Annual report of lunatic asylums [Bombay] - 1912-1922
Year: 1912
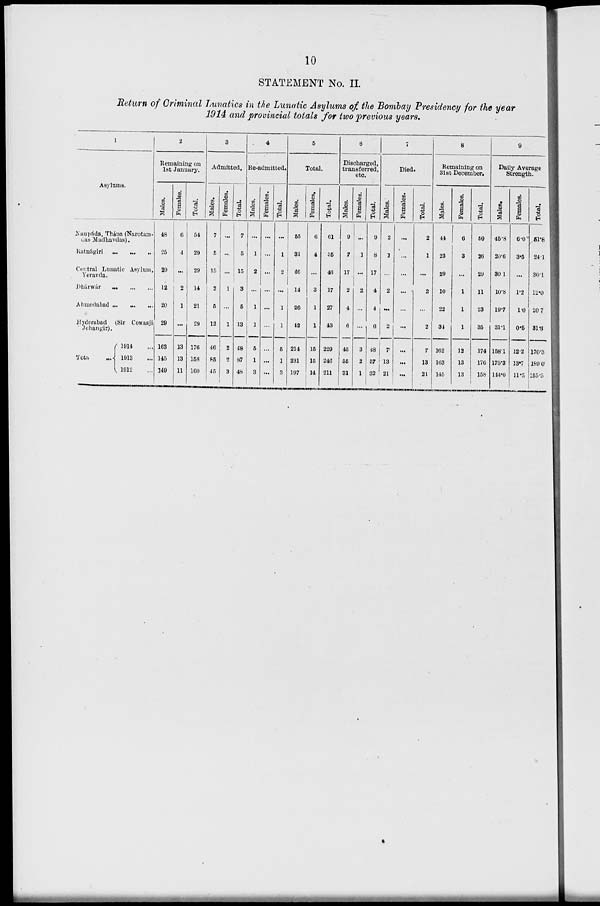
10
STATEMENT No. II.
Return of Criminal Lunatics in the Lunatic Asylums of the Bombay Presidency for the year
1914 and provincial totals for two previous years.
1
Asylums.
Naupáda, Thána (Narotam-
das Madhavdas).
Ratnágiri
...
...
...
Central Lunatic Asylum,
Yeravda.
Dháwár
...
...
...
Ahmedabad ... ... ...
Hyderabad (Sir Cowasji
Jehangir).
Total
1914 ...
1913 ...
1912 ...
2
Remaining on
1st January.
Males.
48
25
29
12
20
29
163
145
149
Females.
6
4
...
2
1
...
13
13
11
Total.
54
29
29
14
21
29
176
158
160
3
Admitted.
Males.
7
5
15
2
5
12
46
85
45
Females.
...
...
...
1
...
1
2
2
3
Total.
7
5
15
3
5
13
48
87
48
4
Re-admitted.
Males.
...
1
2
...
1
1
5
1
3
Females.
...
...
...
...
...
...
...
...
...
Total.
...
1
2
...
1
1
5
1
3
5
Total.
Males.
55
31
46
14
26
42
214
231
197
Females.
6
4
...
3
1
1
15
15
14
Total.
61
35
46
17
27
43
229
246
211
6
Discharged,
transferred,
etc.
Males.
9
7
17
2
4
6
45
55
31
Females.
...
1
...
2
...
...
3
2
1
Total.
9
8
17
4
4
6
48
57
32
7
Died.
Males.
2
1
...
2
...
2
7
13
21
Females.
...
...
...
...
...
...
...
...
...
Total.
2
1
...
2
...
2
7
13
21
8
Remaining on
31st December.
Males.
44
23
29
10
22
34
162
163
145
Females.
6
3
...
1
1
1
12
13
13
Total.
50
26
29
11
23
35
174
176
158
9
Daily Average
Strength.
Males.
45.8
20.6
30.1
10.8
19.7
31.1
158.1
175.3
114.0
Females.
6.0
3.5
...
1.2
1.0
0.5
12.2
13.7
11.5
Total.
51.8
24.1
30.1
12.0
20.7
31.6
170.3
189.0
155.5